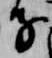
子